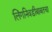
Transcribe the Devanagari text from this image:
लिंगनिवडीबाबतचा